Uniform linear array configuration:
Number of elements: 24
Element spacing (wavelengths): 0.75
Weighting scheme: exponential
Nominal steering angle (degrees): -60
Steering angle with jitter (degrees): -58.533
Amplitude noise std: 0.05
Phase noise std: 0.05

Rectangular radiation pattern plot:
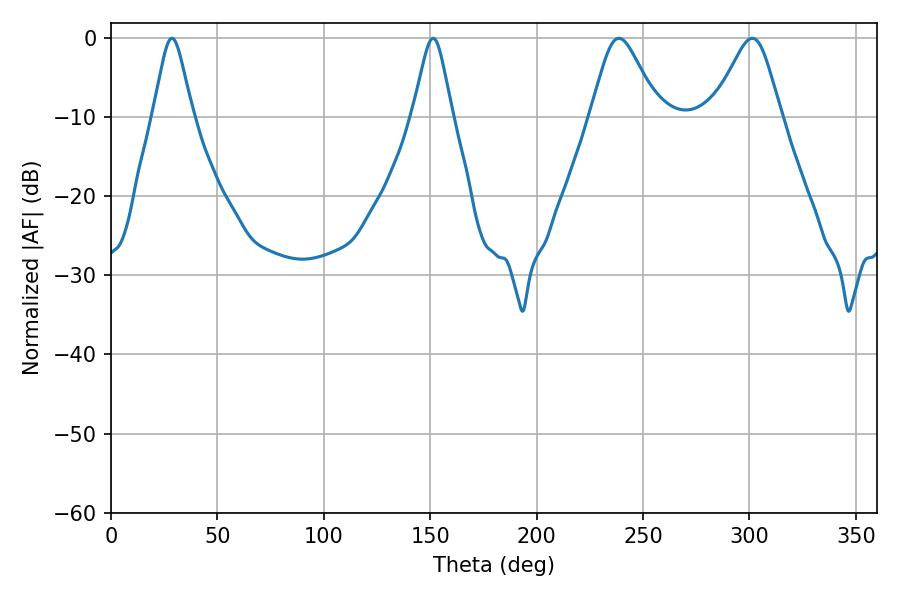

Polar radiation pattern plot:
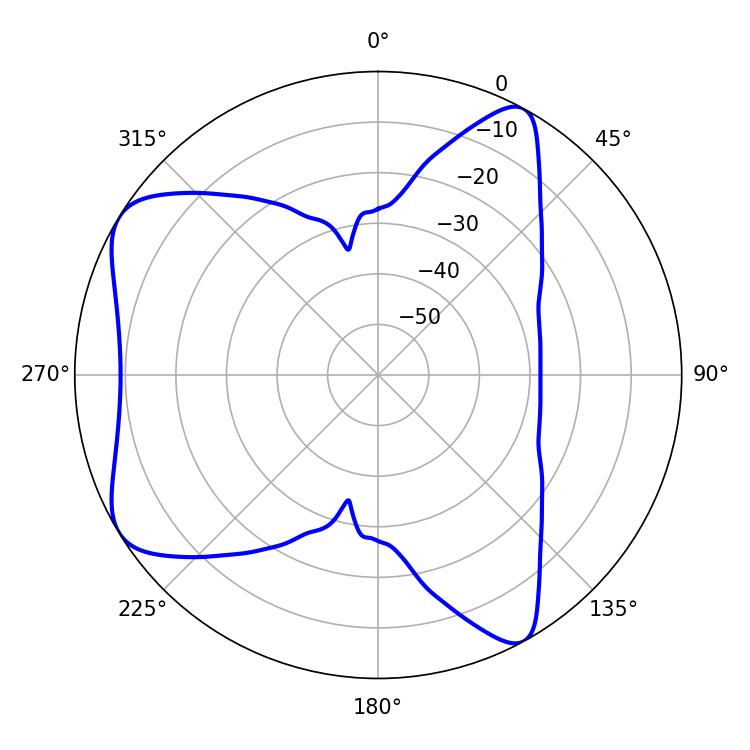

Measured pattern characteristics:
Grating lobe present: TRUE
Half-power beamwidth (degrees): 15.48
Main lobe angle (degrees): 238.68